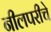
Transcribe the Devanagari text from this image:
नीलपरीचे